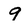
Character: 9